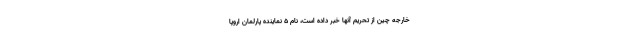
خارجه چین از تحریم آنها خبر داده است، نام 5 نماینده پارلمان اروپا